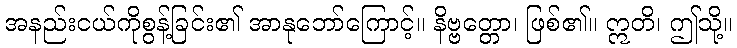
အနည်းငယ်ကိုစွန့်ခြင်း၏ အာနုဘော်ကြောင့်။ နိဗ္ဗတ္တော၊ ဖြစ်၏။ ဣတိ၊ ဤသို့။